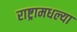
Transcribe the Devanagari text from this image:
राष्ट्रामधल्या